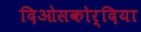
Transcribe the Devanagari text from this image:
दिओसकोर्दिया